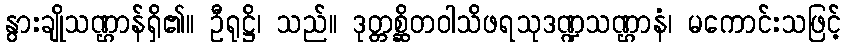
နွားချိုသဏ္ဌာန်ရှိ၏။ ဦရုဋ္ဌိ၊ သည်။ ဒုတ္တစ္ဆိတဝါသိဖရသုဒဏ္ဍသဏ္ဌာနံ၊ မကောင်းသဖြင့်